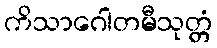
ကိသာဂေါတမီသုတ္တံ